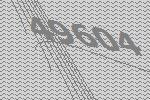
49604